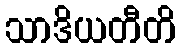
သာဒိယတီတိ